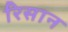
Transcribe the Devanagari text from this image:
रिसान